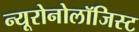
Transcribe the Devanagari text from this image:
न्यूरोनोलॉजिस्ट